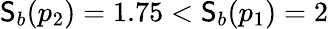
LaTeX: \mathsf{S}_{b}(p_{2})=1.75<\mathsf{S}_{b}(p_{1})=2